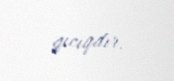
qıcıqdır.